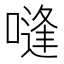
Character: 𰈨